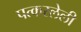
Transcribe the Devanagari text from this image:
पत्करलेली